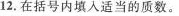
12.在括号内填入适当的质数。